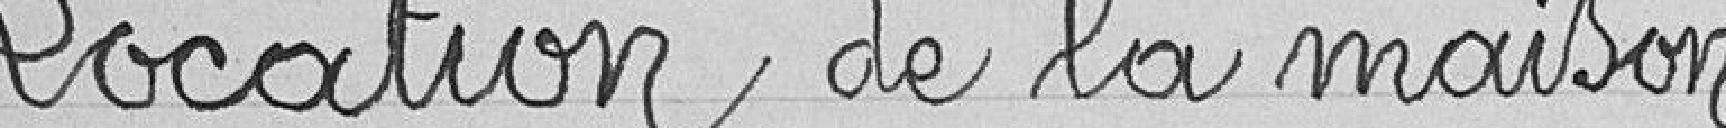
Location de la maison